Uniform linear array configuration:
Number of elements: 64
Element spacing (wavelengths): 0.25
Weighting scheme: binomial
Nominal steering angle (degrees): -60
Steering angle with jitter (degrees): -58.2
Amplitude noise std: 0.05
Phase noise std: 0.05

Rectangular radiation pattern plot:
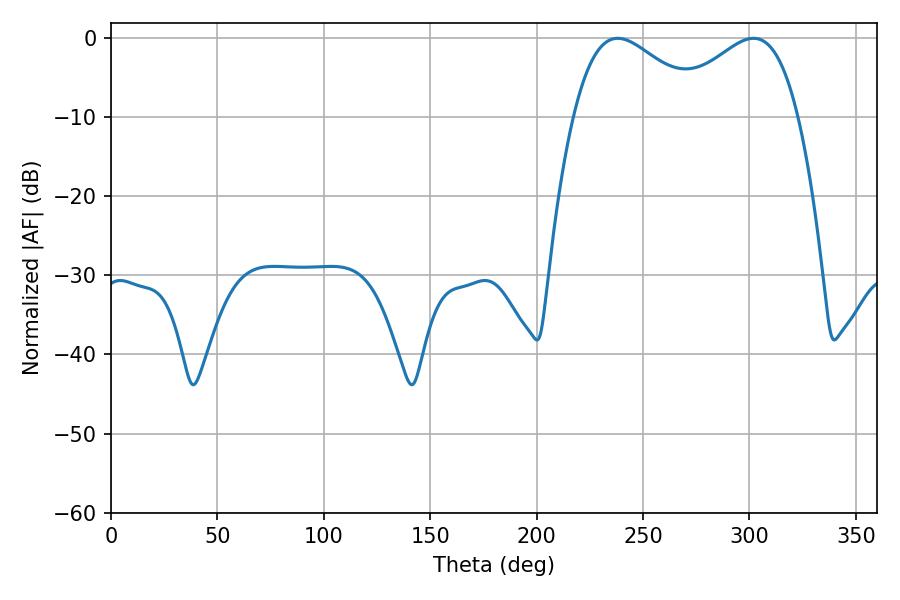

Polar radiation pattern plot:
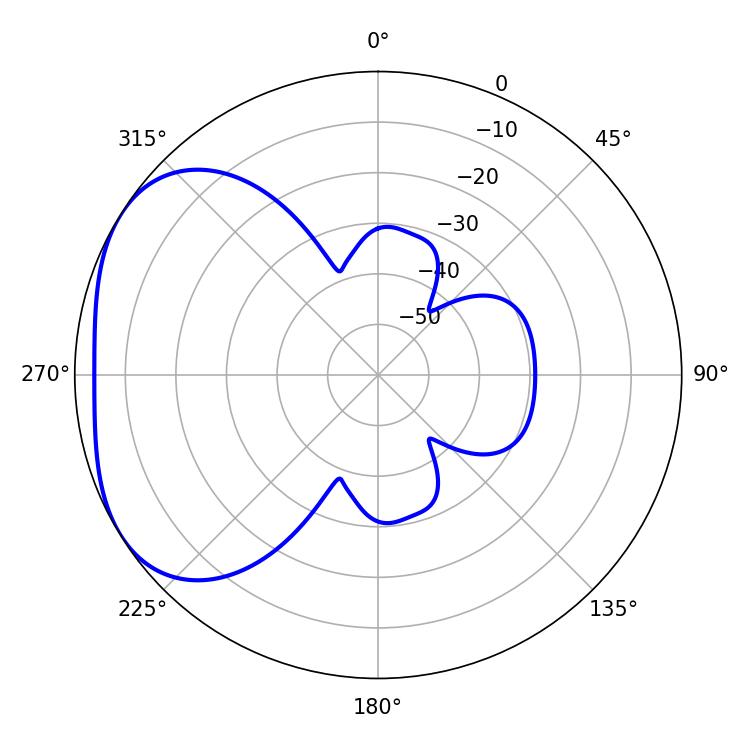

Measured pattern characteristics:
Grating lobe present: FALSE
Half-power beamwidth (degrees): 33.3
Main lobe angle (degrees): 238.14